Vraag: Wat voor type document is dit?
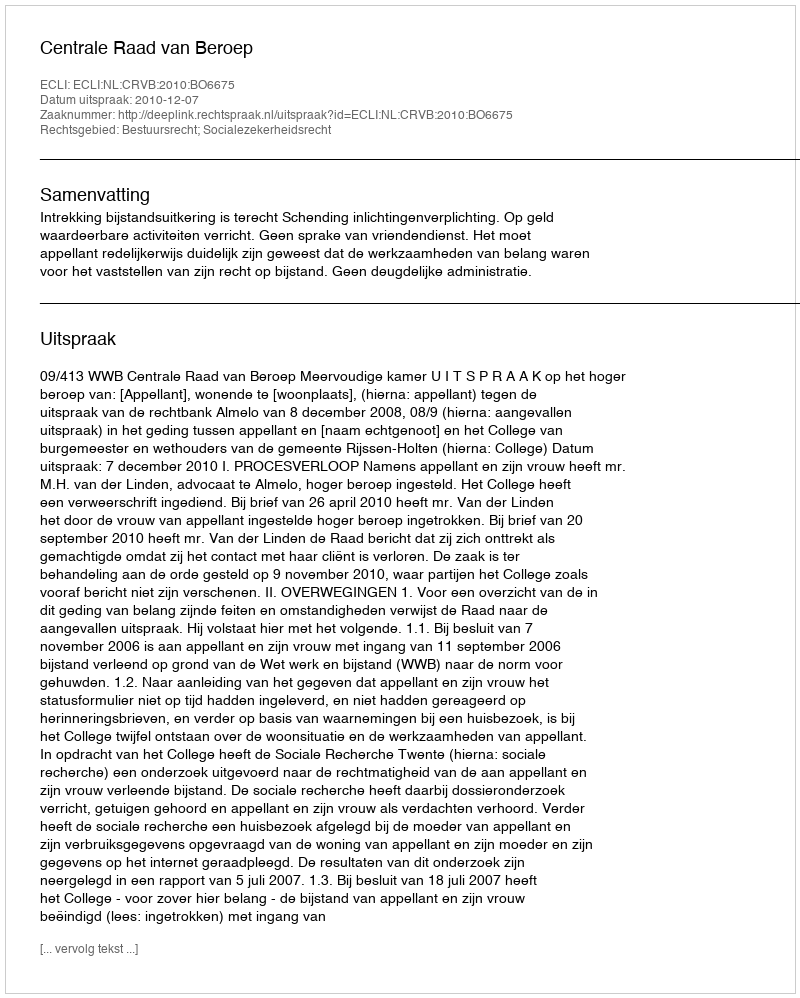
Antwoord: Uitspraak